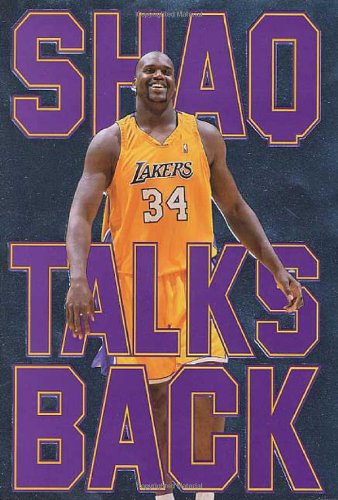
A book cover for Shaq Talks Back: The Uncensored Word on My Life and Winning in the NBA; Shaquille O'Neal; Sports & Outdoors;